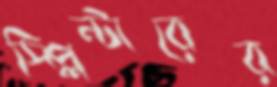
স্প্লিন্টারের